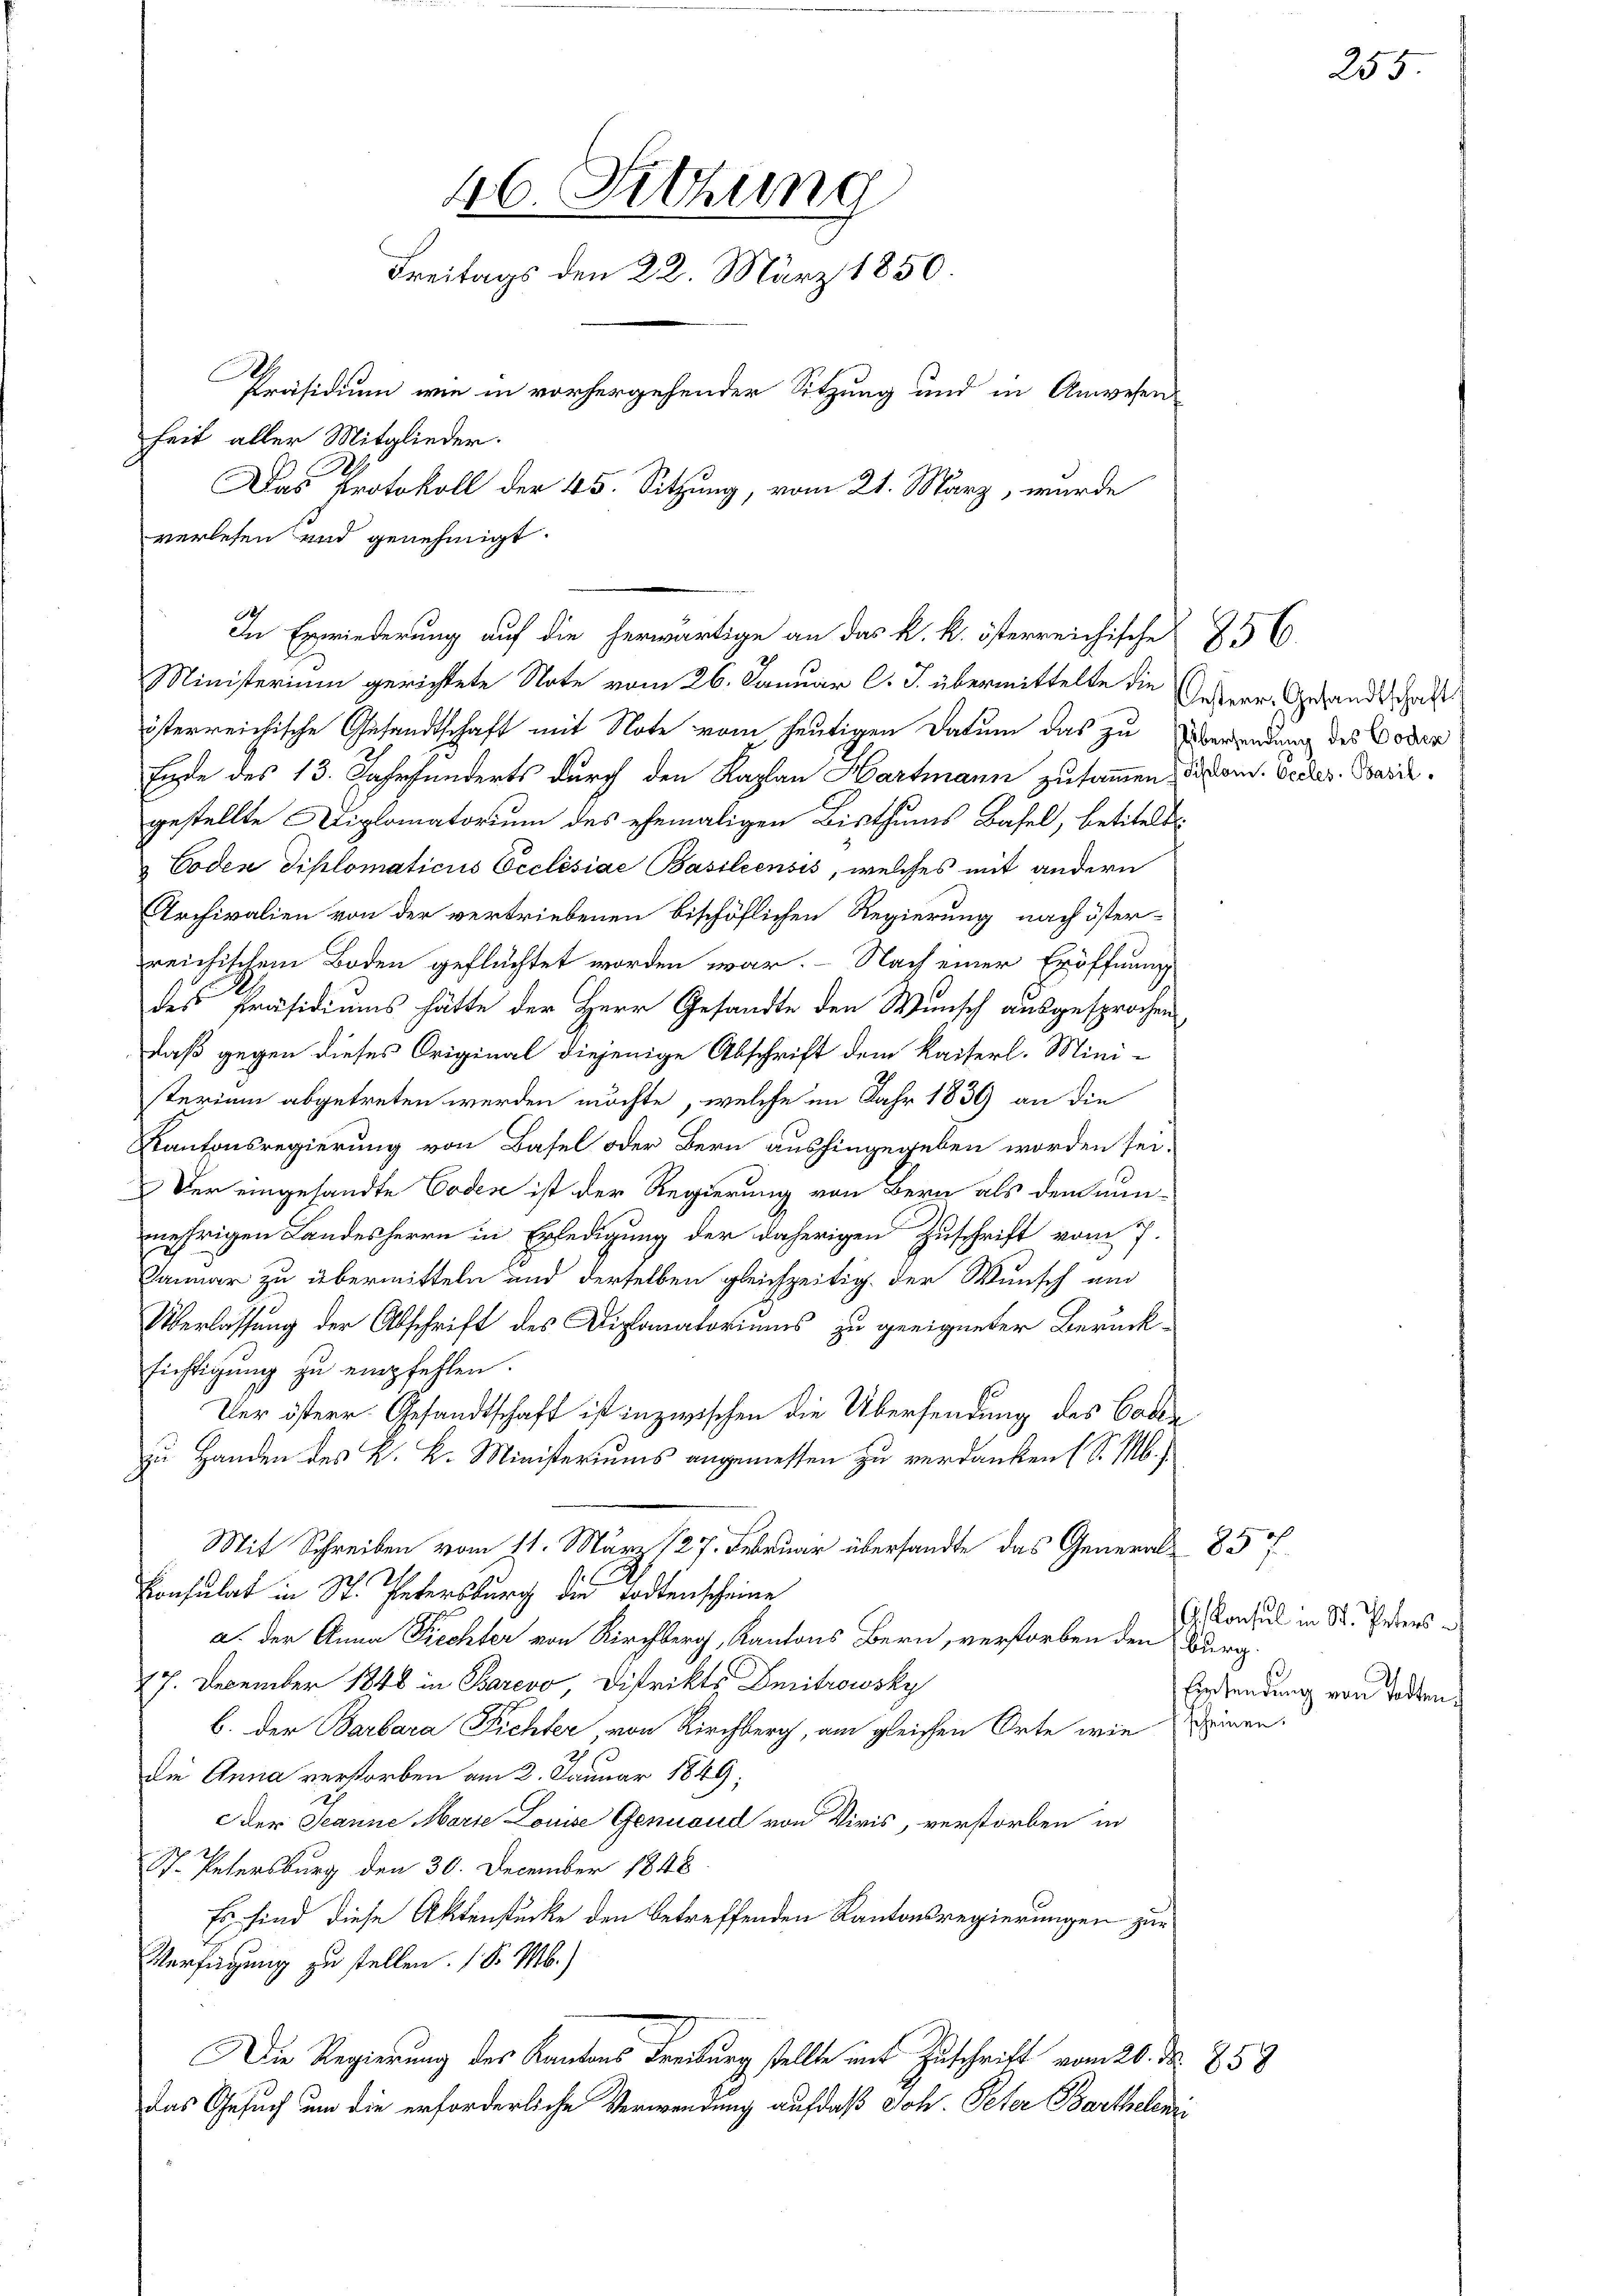
46. Sitzung
Freitags den 22. März 1850.
Präsidium wie in vorhergehender Sitzung und in Anwesen
heit aller Mitglieder.
Das Protokoll der 45. Sitzung, vom 21. März, wurde
verlesen und genehmigt.

Ende des 13. Jahrhunderts durch den Kaplan Hartmann zusammen, diesem Verkes. Beide
gestellte Diplomatorium des ehemaligen Bisthums Basel, betitelt
 Codex diplomaticus Ecclésiae Basiliensis, welches mit andern
Archivalien von der vertriebenen bischöflichen Regierung nach österreichischem Boden geflüchtet worden war. - Nach einer Eröffnung
des Präsidiums hätte der Herr Gesandte den Wunsch ausgesprochen
daß gegen dieses Original diejenige Abschrift dem Kaiserl. Mini-
sterium abgetreten werden möchte, welche im Jahr 1839 an die
Kantonsregierung von Basel oder Bern aushingegeben worden sei.
Der eingesandte Coden ist der Regierung von Bern als dem nunmehrigen Landesherrn in Erledigung der daherigen Zuschrift vom 7.
Januar zu übermitteln und derselben gleichzeitig. der Wunsch und
Überlassung der Abschrift des Diplomatoriums zu geeigneter Berücksichtigung zu empfehlen.
Ver österr. Gesandtschaft ist inzwischen die Übersendung des Colle
zu Handen des K. K. Ministeriums angemessen zu verdanken (S. M.
Mit Schreiben vom 11. März 127. Februar übersandte das General- 85 f
Consulat in St. Petersburg die Todtenscheine
a. Der Anna Piechter von Kirchberg, Kantons Bern, verstorben den Burg.
17. December 1848 in Barevo, Distrikts Dritrowsky
b. der Barbara Fichter von Kirchberg, am gleichen Orte wie einen.
die Anna verstorben am 2. Januar 1849;
Der Jeanne Marie Louise Genuaud von Viris, verstorben in
St. Petersburg den 30. December 1848
Es sind diese Aktenstücke den betreffenden Kantonsregierungen zur
Verfügung zu stellen. (S. M.)
Die Regierung des Kantons Freiburg stellte mit Zuschrift vom 20. Nr. 858
das Gesuch um die erforderliche Verwendung auf daß Joh. Peter Barthelmi

In Erwiederung auf die herwärtige an das k. k. österreichische 256.
Ministerium gerichtete Note vom 26. Januar l. J. übermittelte die Gedeer. Gesandtschaft
österreichische Gesandtschaft mit Note vom heutigen Datum das zu Übersendung des Coder

25

Konsul in St. Peters¬
Einsendung von Todten.